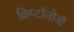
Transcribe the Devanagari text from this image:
क्रिप्टॉलोजी